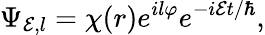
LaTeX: \Psi_{{\cal E},l}=\chi(r)e^{il\varphi}e^{-i{\cal E}t/\hbar},